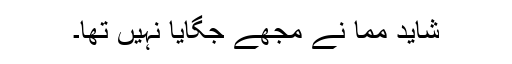
شاید مما نے مجھے جگایا نہیں تھا۔